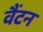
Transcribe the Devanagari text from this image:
वैंटन